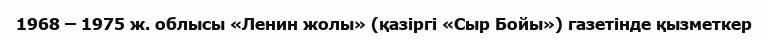
1968 – 1975 ж. облысы «Ленин жолы» (қазіргі «Сыр Бойы») газетінде қызметкер